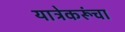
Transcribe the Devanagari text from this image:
यात्रेकरूंचा